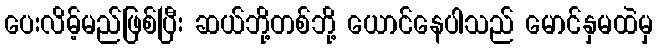
ပေးလိမ့်မည်ဖြစ်ပြီး ဆယ်ဘို့တစ်ဘို့ ယောင်နေပါသည် မောင်နှမထဲမှ